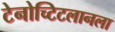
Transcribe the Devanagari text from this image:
टेनोच्टिटलानला